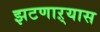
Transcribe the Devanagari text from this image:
झटणाऱ्यास